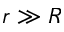
r \gg R